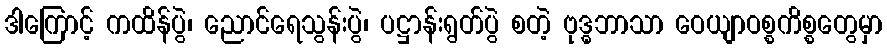
ဒါကြောင့် ကထိန်ပွဲ၊ ညောင်ရေသွန်းပွဲ၊ ပဋ္ဌာန်းရွတ်ပွဲ စတဲ့ ဗုဒ္ဓဘာသာ ဝေယျာဝစ္စကိစ္စတွေမှာ